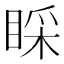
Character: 睬